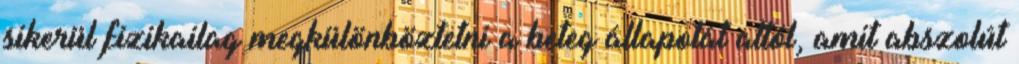
sikerül fizikailag megkülönböztetni a beteg állapotát attól, amit abszolút